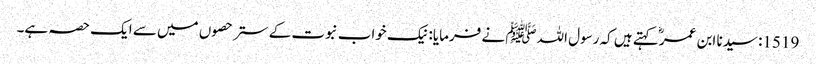
1519: سیدنا ابن عمرؓ کہتے ہیں کہ رسول اللہﷺ نے فرمایا: نیک خواب نبوت کے ستر حصوں میں سے ایک حصہ ہے۔